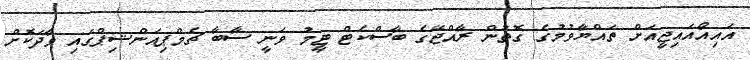
އައިއޯއައިޖީއަށް ތައްޔާވުމުގެ ގޮތުން ރާއްޖޭގެ ބާސްކެޓް ޓީމު ވަނީ ސާބާ ޗެމްޕިއަންޝިޕްގައި ވާދަކޮށް